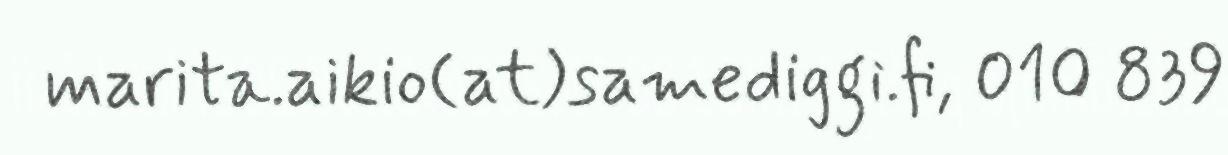
marita.aikio(at)samediggi.fi, 010 839